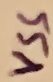
Text: VSS